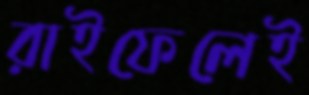
রাইফেলেই